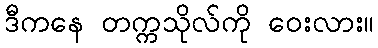
ဒီကနေ တက္ကသိုလ်ကို ဝေးလား။